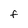
Character: f